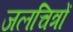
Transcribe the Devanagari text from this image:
जलचित्रों